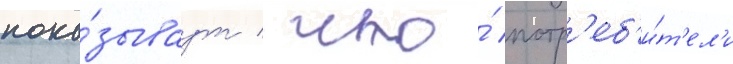
пока́зываут / что́ потр'еб'и́т'ел'и